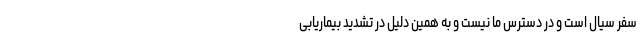
سفر سیال است و در دسترس ما نیست و به همین دلیل در تشدید بیماریابی